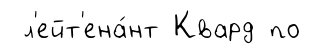
л'ейт'ена́нт Квард по